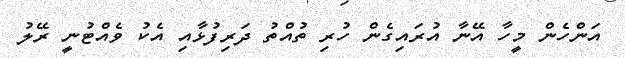
އަންހެން މީހާ އޭނާ އުރައިގެން ހުރި ތުއްތު ދަރިފުޅާއި އެކު ވެއްޓުނީ ރޭލު